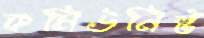
কমিউনিষ্ট